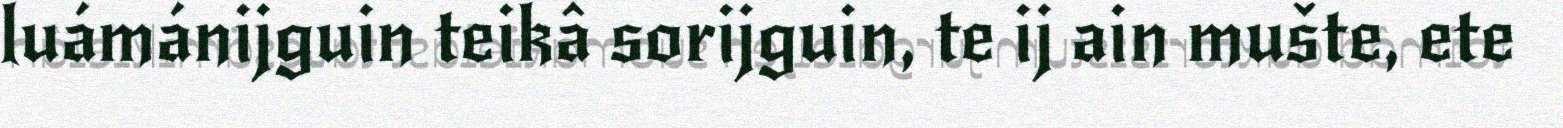
luámánijguin teikâ sorijguin, te ij ain mušte, ete